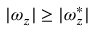
| \omega _ { z } | \geq | \omega _ { z } ^ { * } |